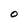
Character: O